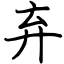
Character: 弃